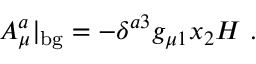
A _ { \mu } ^ { a } | _ { \mathrm { b g } } = - \delta ^ { a 3 } g _ { \mu 1 } x _ { 2 } H \ .